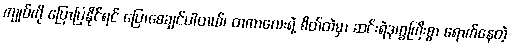
ကျုပ်ကို ပြောပြနိုင်ရင် ပြောစေချင်ပါတယ်၊ တကာလေးရဲ့ စိတ်ထဲမှာ ဆင်းရဲဒုက္ခကြီးစွာ ရောက်နေတဲ့